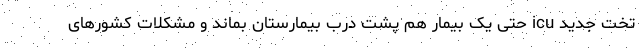
تخت جدید icu حتی یک بیمار هم پشت درب بیمارستان بماند و مشکلات کشورهای